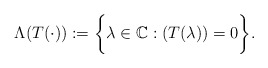
\begin{align*}\Lambda(T(\cdot)):=\bigg\{\lambda\in \mathbb{C}: (T(\lambda))=0\bigg\}.\end{align*}